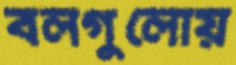
বলগুলোয়